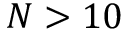
N > 1 0